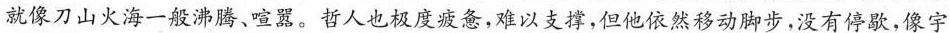
就像刀山火海一般沸腾、喧嚣。哲人也极度疲惫，难以支撑，但他依然移动脚步，没有停歇，像宇